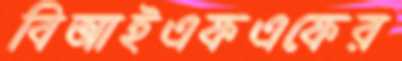
বিআইএফএফের